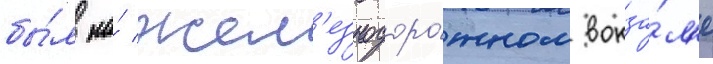
бы́л на́ жел'езнодоро́жном вокза́л'е